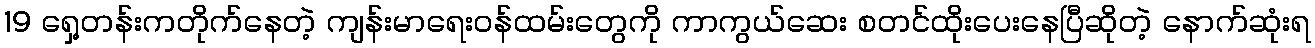
19 ရှေ့တန်းကတိုက်နေတဲ့ ကျန်းမာရေးဝန်ထမ်းတွေကို ကာကွယ်ဆေး စတင်ထိုးပေးနေပြီဆိုတဲ့ နောက်ဆုံးရ